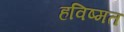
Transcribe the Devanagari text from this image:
हविष्मत